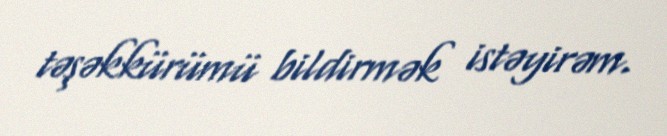
təşəkkürümü bildirmək istəyirəm.